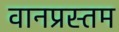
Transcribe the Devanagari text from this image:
वानप्रस्तम